Leningradi_Edasi_toimetus, lk 201
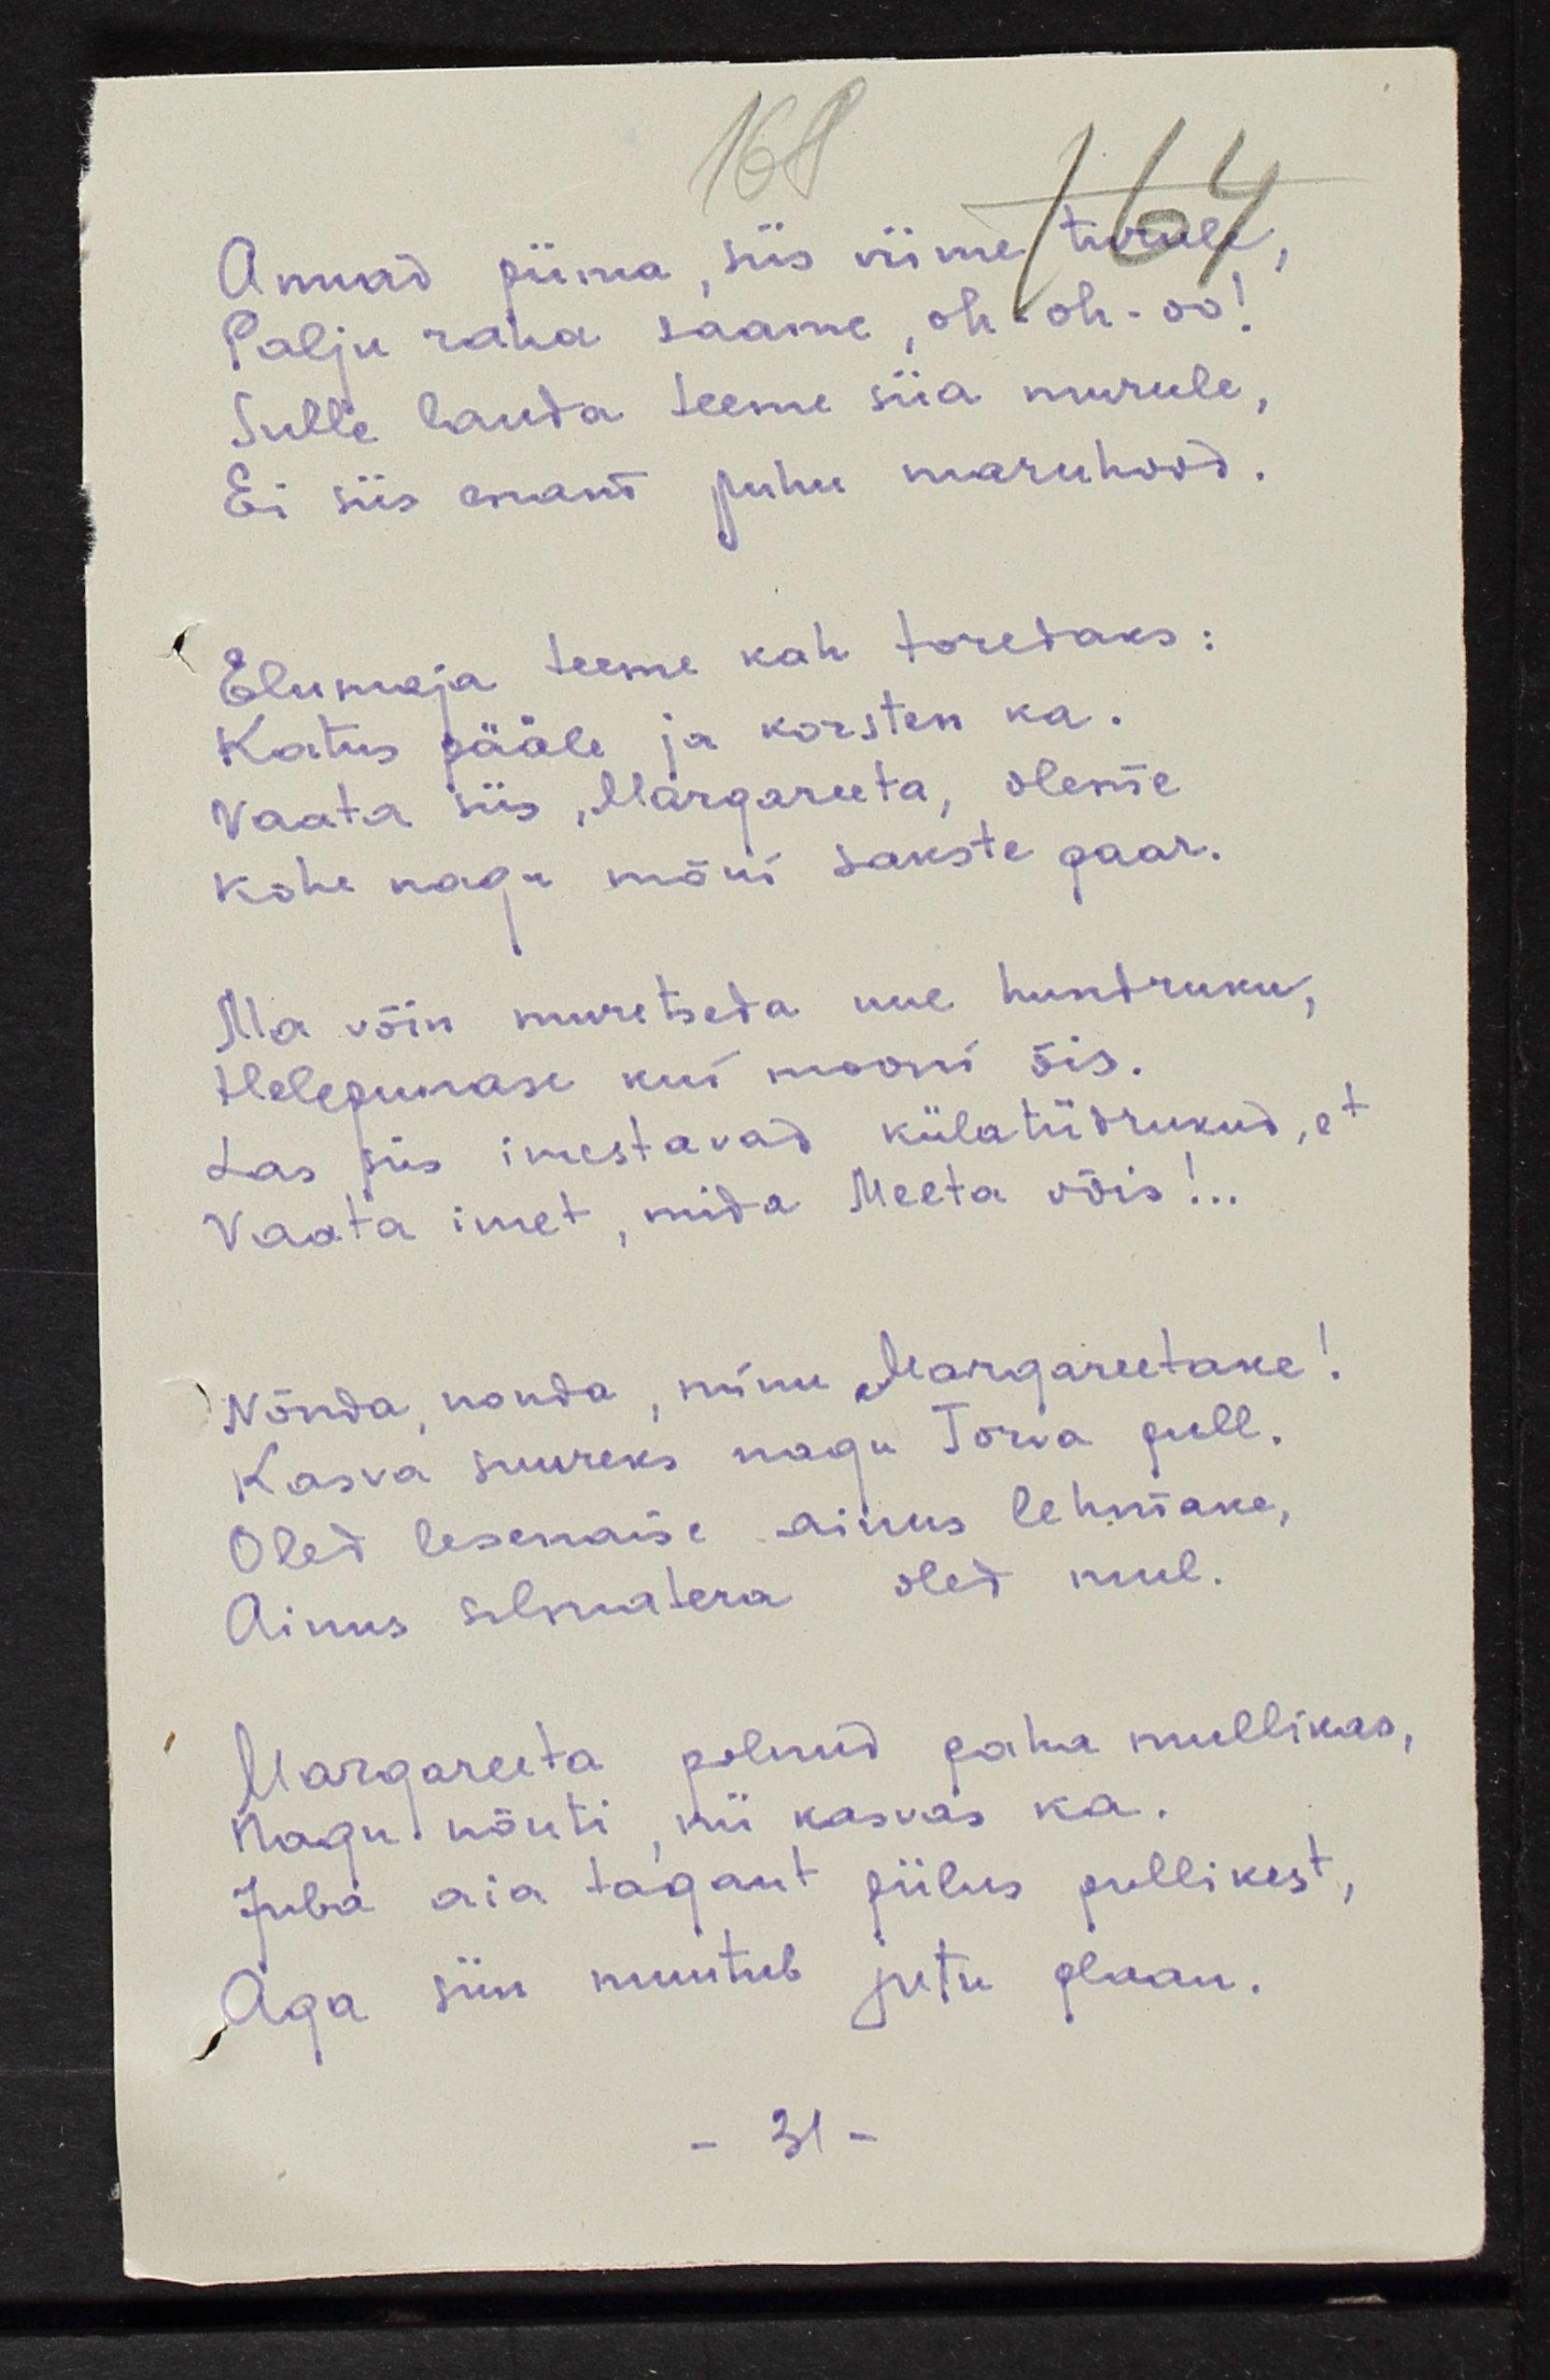
Annad piima, siis viime turule,
Palju raha saame, oh-oh-oo!
Sulle lauda teeme siia murule,
Ei siis enam puhu maruhood.
Elumaja teeme kah toredaks:
Katus pääle ja korsten ka.
Vaata siis, Margareeta, oleme 
kohe nagu mõni sakste paar.
Ma võin muretseda uue hundruku,
Helepunase kui mooni õis.
Las siis imestavad külatüdrukud, et 
Vaata imet, mida Meeta võis!..
Nõnda, nonda, minu Margareetake!
Kasva suureks nagu Torva pull.
Oled lesenaise ainus lehmake
Ainus silmatera oled mul
Margareeta polnud paha mullikas
Nagu nõuti, nii kasvas ka. 
Juba aia tagant piilus pullikest,
Aga siin muutub jutu plaan.